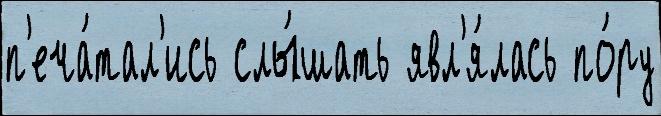
п'еча́тал'ись слы́шать явл'я́лась по́ру